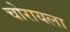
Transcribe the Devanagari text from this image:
चोरायला